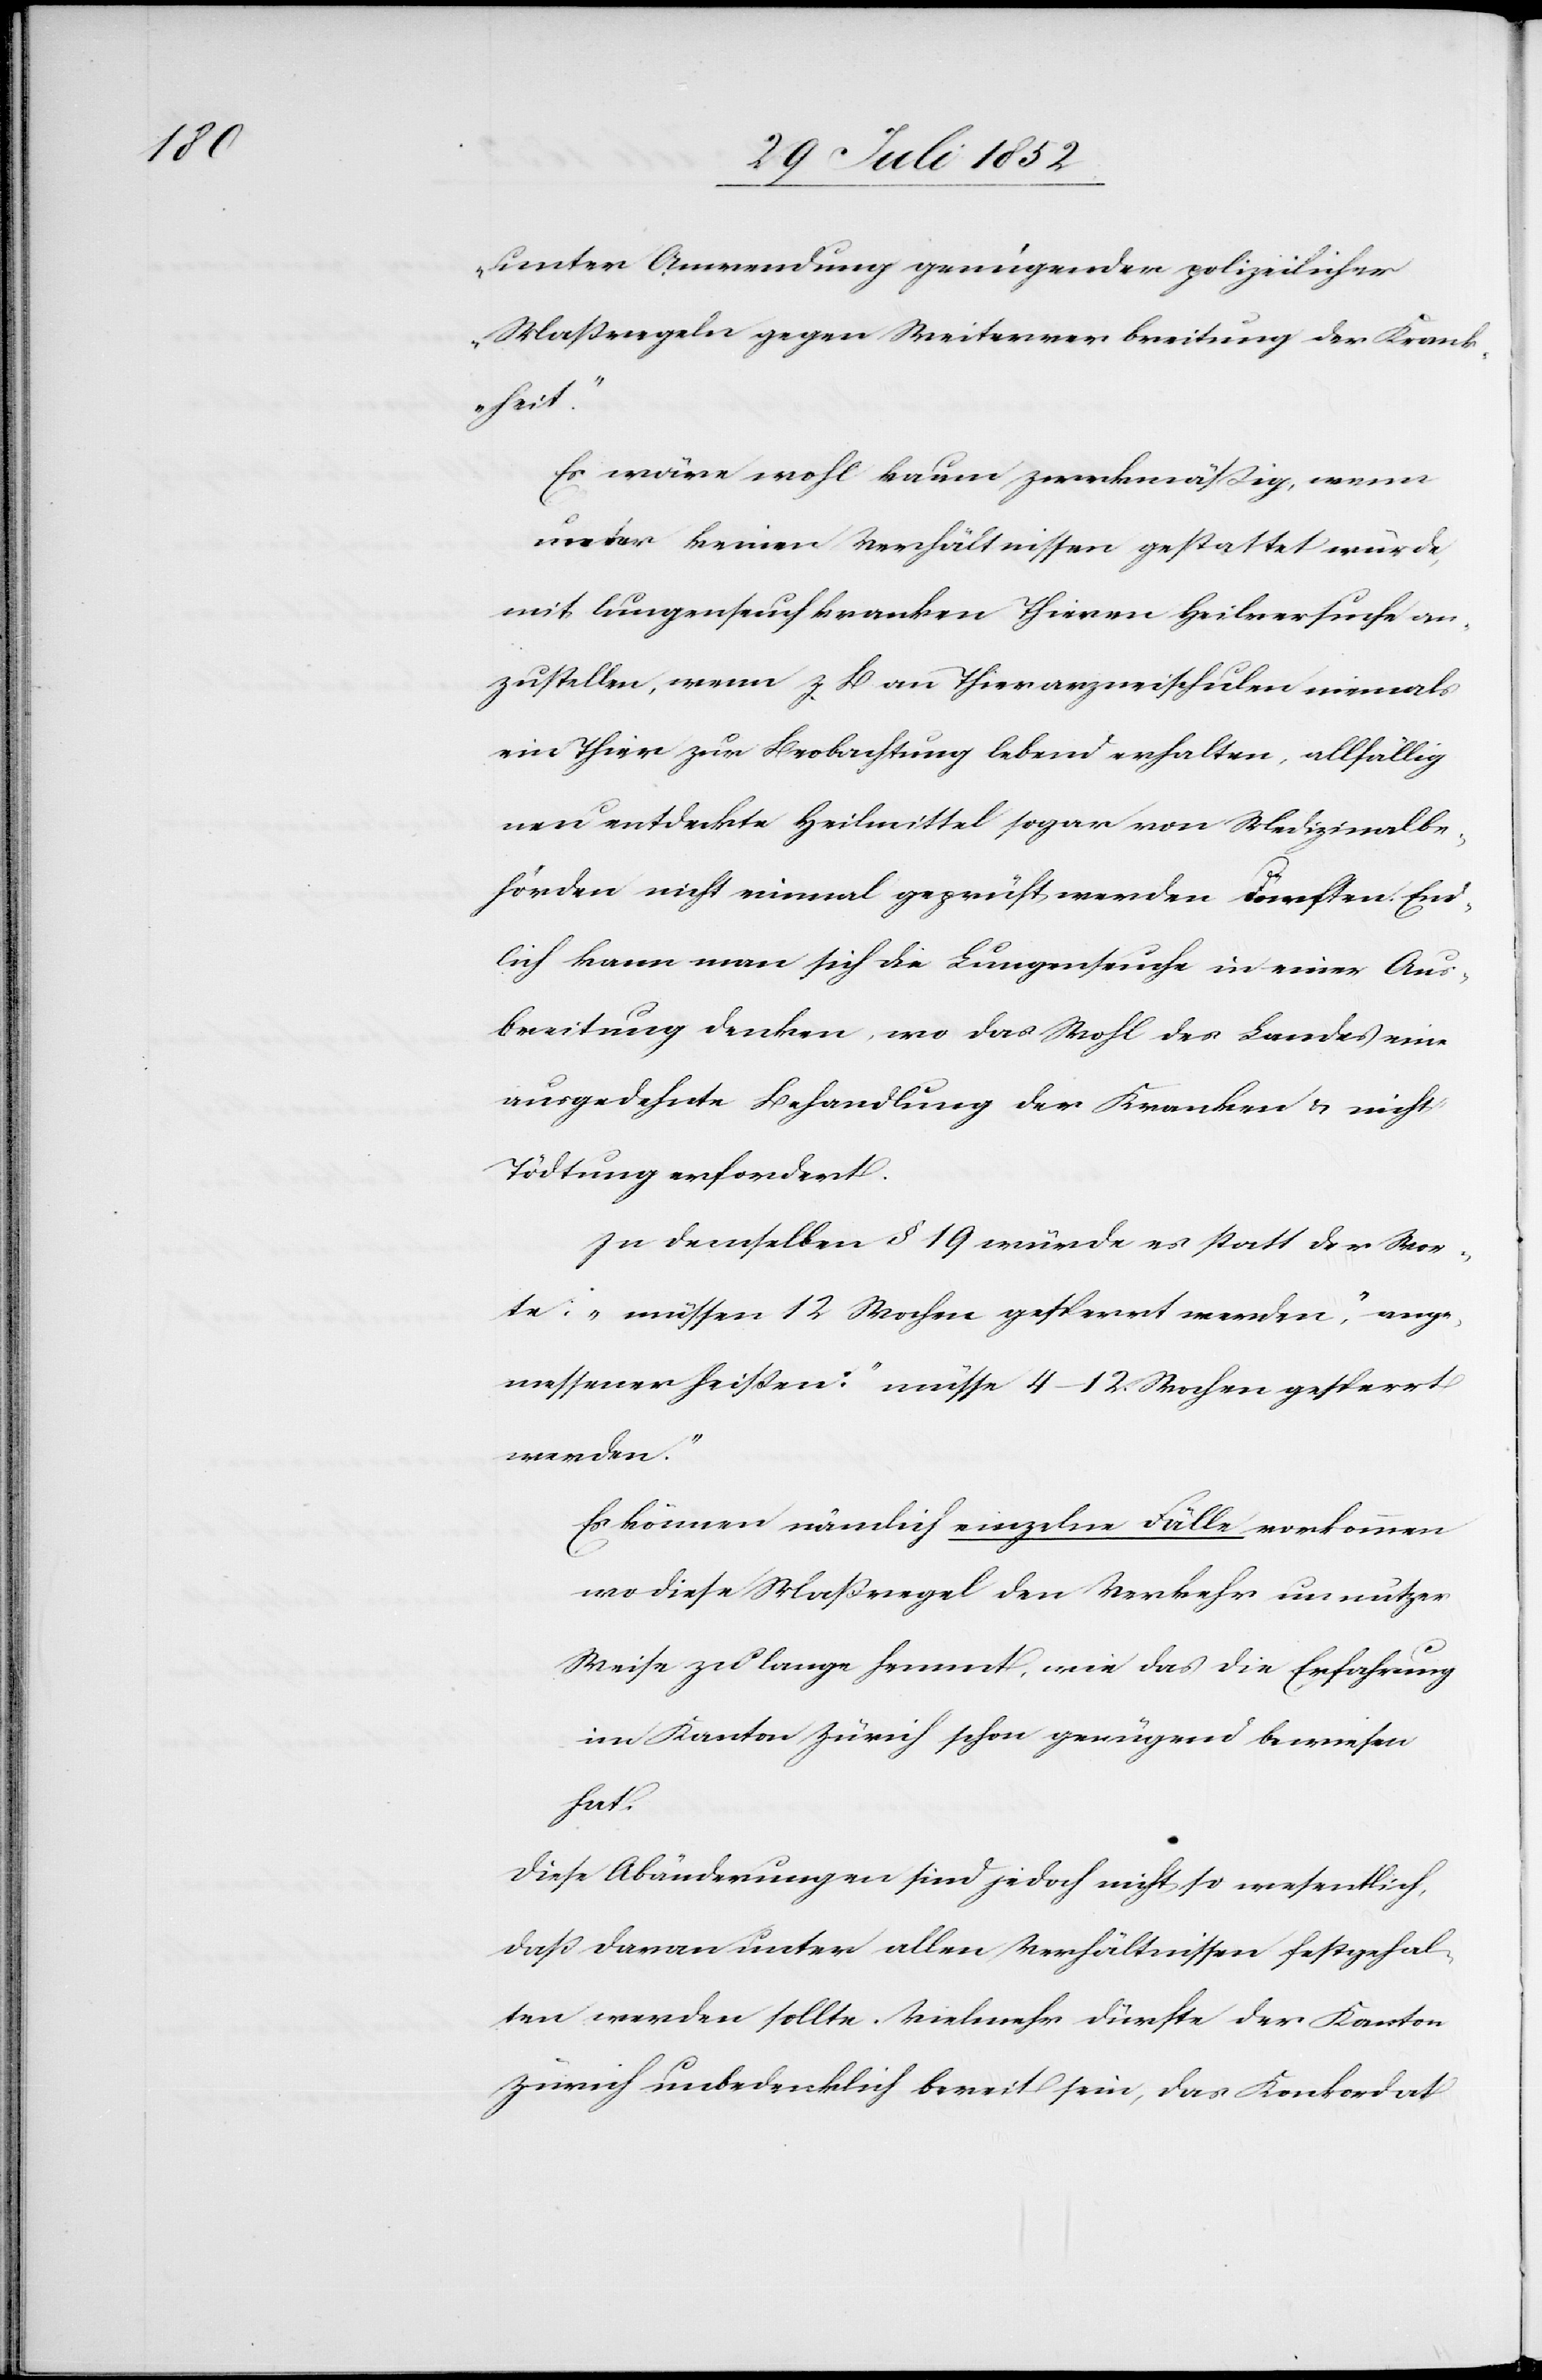
unter Anwendung genügender polizeilicher
Maßregeln gegen Weiterverbreitung der Krank¬
heit.“
Es wäre wohl kaum zweckmäßig, wenn
unter keinen Verhältnissen gestattet würde,
mit lungenseuchkranken Thieren Heilversuche an¬
zustellen, wenn z B an Thierarzneischulen niemals
ein Thier zur Beobachtung lebend erhalten, allfällig
neu entdeckte Heilmittel sogar von Medizinalbe¬
hörden nicht einmal geprüft werden dürften. End¬
lich kann man sich die Lungenseuche in einer Aus¬
breitung denken, wo das Wohl des Landes eine
ausgedehnte Behandlung der Kranken & nicht
Tödtung erfordert.
In demselben § 19 würde es statt der Wor¬
te: „müssen 12 Wochen gesperrt werden,“ ange¬
messener heißen: „müsse[n] 4–12. Wochen gesperrt
werden.“
Es können nämlich einzelne Fälle vorkommen
wo diese Maßregel den Verkehr unnützer
Weise zu lange hemmt, wie das die Erfahrung
im Kanton Zürich schon genügend bewiesen
hat.
Diese Abänderungen sind jedoch nicht so wesentlich,
daß daran unter allen Verhältnissen festgehal¬
ten werden sollte. Vielmehr dürfte der Kanton
Zürich unbedenklich bereit sein, das Konkordat